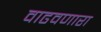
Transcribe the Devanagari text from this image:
वाढवणारा